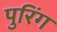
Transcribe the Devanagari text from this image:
पुरिंग